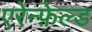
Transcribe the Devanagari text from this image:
एरेन्फ़ेल्ड